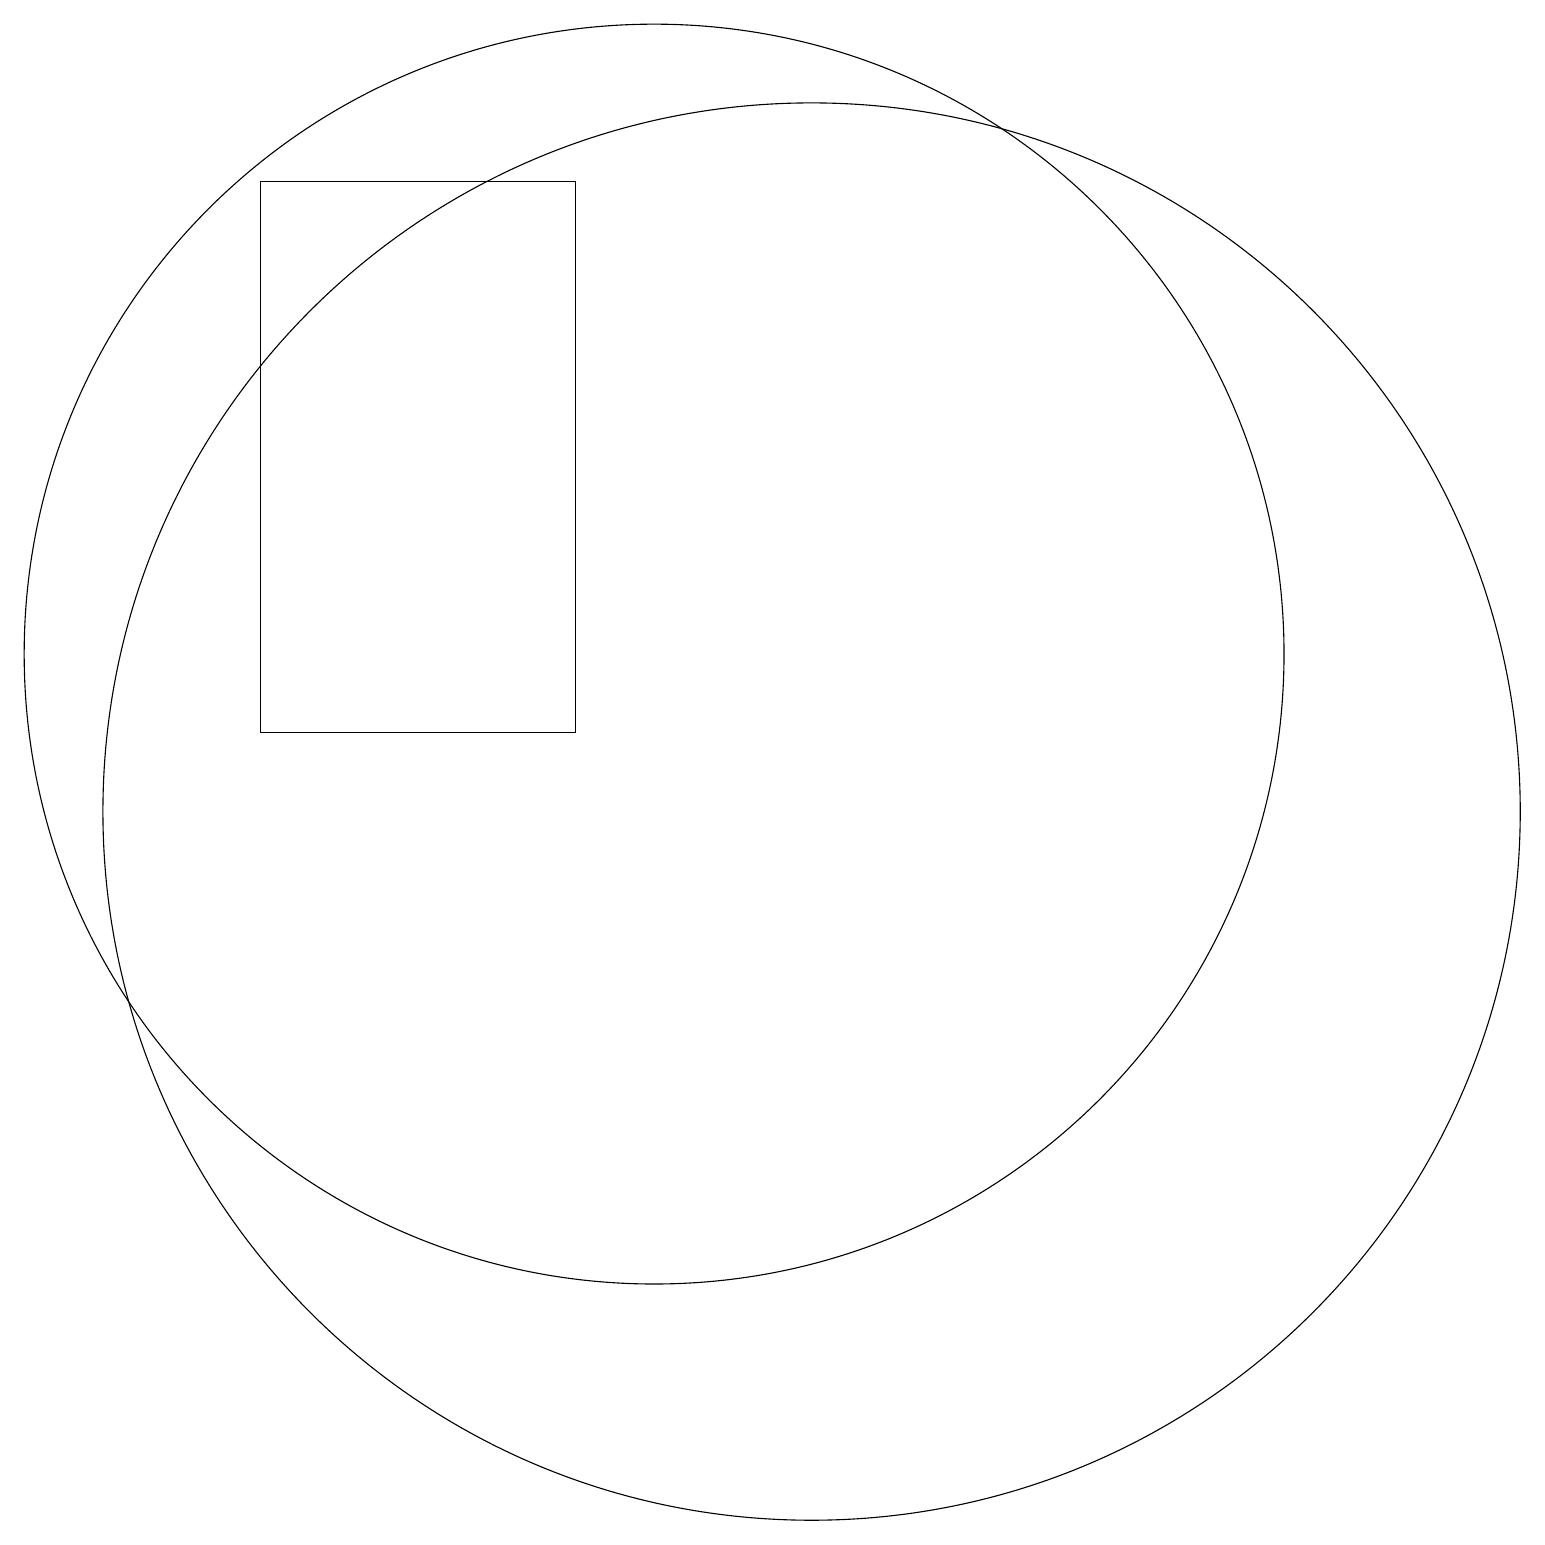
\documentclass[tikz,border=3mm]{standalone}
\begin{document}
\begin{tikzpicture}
\draw (10,12) circle (8);
\draw (9,11) rectangle (9,14);
\draw (12,10) circle (9);
\draw (5,18) rectangle (9,11);
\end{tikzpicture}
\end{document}